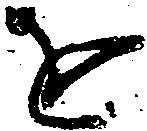
を